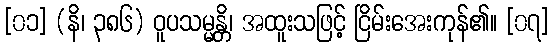
[၀၁] (နိ၊ ၃၈၆) ဝူပသမ္မန္တိ၊ အထူးသဖြင့် ငြိမ်းအေးကုန်၏။ [၀၇]